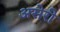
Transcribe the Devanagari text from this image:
असेरी